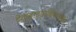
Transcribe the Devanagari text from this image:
टेट्राहाइड्रोकैनाबिनॉल